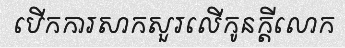
បើកការសាកសួរលើកូនក្តីលោក